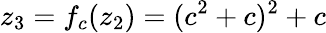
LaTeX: z_{3}=f_{c}(z_{2})=(c^{2}+c)^{2}+c